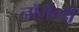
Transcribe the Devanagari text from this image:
नॉर्मन्डी